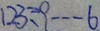
1 2 3 \div 9 \cdots 6